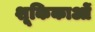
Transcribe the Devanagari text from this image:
शूकिकाओं